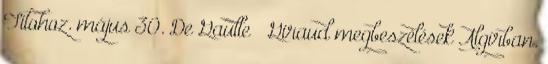
Titohoz. május 30. De Gaulle – Giraud megbeszélések Algírban.